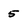
Character: 5